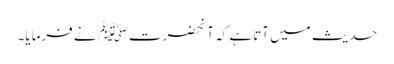
حدیث میں آتاہے کہ آنحضرتﷺ نے فرمایا۔